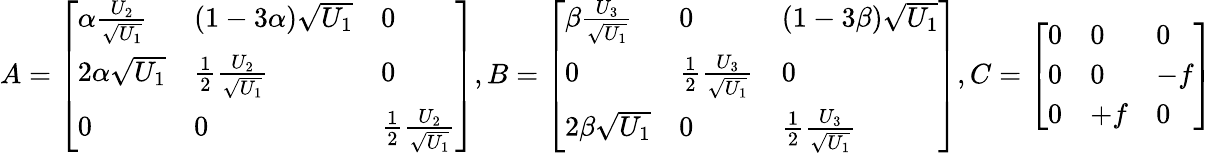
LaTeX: A=\left[\begin{array}{lll}{\alpha\frac{U_{2}}{\sqrt{U_{1}}}}&{(1-3\alpha)\sqrt{U_{1}}}&{0}\\ {2\alpha\sqrt{U_{1}}}&{\frac{1}{2}\frac{U_{2}}{\sqrt{U_{1}}}}&{0}\\ {0}&{0}&{\frac{1}{2}\frac{U_{2}}{\sqrt{U_{1}}}}\end{array}\right],B=\left[\begin{array}{lll}{\beta\frac{U_{3}}{\sqrt{U_{1}}}}&{0}&{(1-3\beta)\sqrt{U_{1}}}\\ {0}&{\frac{1}{2}\frac{U_{3}}{\sqrt{U_{1}}}}&{0}\\ {2\beta\sqrt{U_{1}}}&{0}&{\frac{1}{2}\frac{U_{3}}{\sqrt{U_{1}}}}\end{array}\right],C=\left[\begin{array}{lll}{0}&{0}&{0}\\ {0}&{0}&{-f}\\ {0}&{+f}&{0}\end{array}\right]